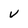
Character: V